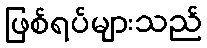
ဖြစ်ရပ်များသည်